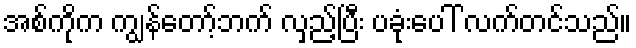
အစ်ကိုက ကျွန်တော့်ဘက် လှည့်ပြီး ပခုံးပေါ် လက်တင်သည်။